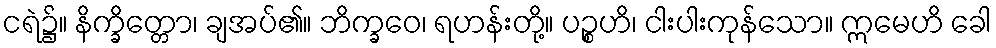
ငရဲ၌။ နိက္ခိတ္တော၊ ချအပ်၏။ ဘိက္ခဝေ၊ ရဟန်းတို့။ ပဉ္စဟိ၊ ငါးပါးကုန်သော။ ဣမေဟိ ခေါ